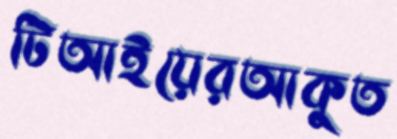
টিআইয়েরআকুত